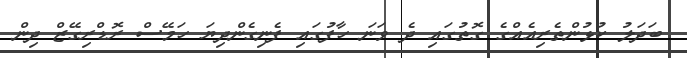
ބަދަލު ކުޅުންތެރިއެއްގެ ގޮތުގައި ދެ ވަނަ ހާފުގައި ފެނިގެންދިޔަ ހަމޭސް ރޮޑްރިގޭޒް ދިން